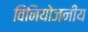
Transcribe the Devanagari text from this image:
विनियोजनीय